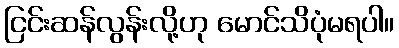
ငြင်းဆန်လွန်းလို့ဟု မောင်သိပုံမရပါ။